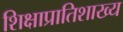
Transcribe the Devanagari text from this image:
शिक्षाप्रातिशाख्य